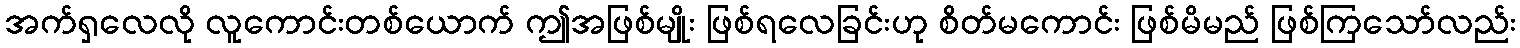
အက်ရှလေလို လူကောင်းတစ်ယောက် ဤအဖြစ်မျိုး ဖြစ်ရလေခြင်းဟု စိတ်မကောင်း ဖြစ်မိမည် ဖြစ်ကြသော်လည်း